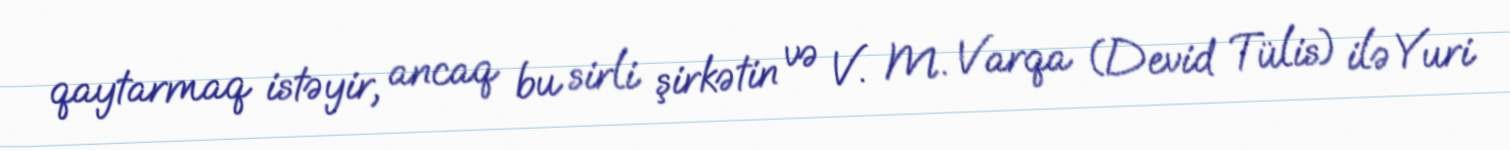
qaytarmaq istəyir, ancaq bu sirli şirkətin və V. M. Varqa (Devid Tülis) ilə Yuri